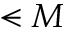
\smt { M }